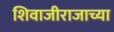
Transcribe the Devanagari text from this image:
शिवाजीराजाच्या